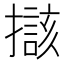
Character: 𱠼